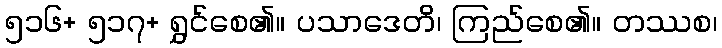
၅၁၆+ ၅၁၇+ ရွှင်စေ၏။ ပသာဒေတိ၊ ကြည်စေ၏။ တဿစ၊